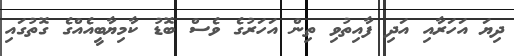
ދިޔަ އަހަރާއި އަދި ފާއިތުވި ތިން އަހަރުގެ ވެސް ބޮޑު ކާމިޔާބީއެއްގެ ގޮތުގައި